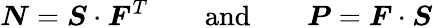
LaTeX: {\boldsymbol{N}}={\boldsymbol{S}}\cdot{\boldsymbol{F}}^{T}\qquad{\mathrm{and}}\qquad{\boldsymbol{P}}={\boldsymbol{F}}\cdot{\boldsymbol{S}}